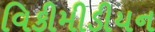
વિકીમીડીયન